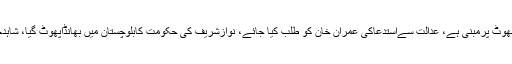
لطیف کھوسہ کا کہنا تھا کہ ضیااللہ آفریدی کےخلاف کیس جھوٹ پرمبنی ہے، عدالت سےاستدعاکی عمران خان کو طلب کیا جائے، نوازشریف کی حکومت کابلوچستان میں بھانڈاپھوٹ گیا، شاہدخاقان کوکوئٹہ میں کوئی ایئرپورٹ تک چھوڑنےبھی نہیں آیا۔